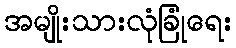
အမျိုးသားလုံခြုံရေး